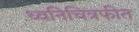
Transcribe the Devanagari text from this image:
ध्वनिचित्रफीत